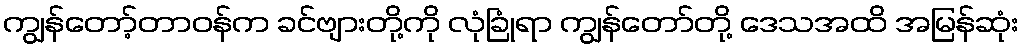
ကျွန်တော့်တာဝန်က ခင်ဗျားတို့ကို လုံခြုံရာ ကျွန်တော်တို့ ဒေသအထိ အမြန်ဆုံး